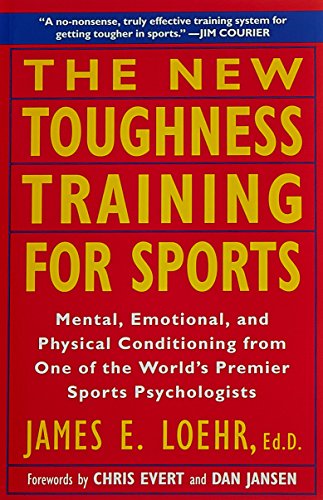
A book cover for The New Toughness Training for Sports: Mental Emotional Physical Conditioning from One of the World's Premier Sports Psychologists; James E. Loehr; Sports & Outdoors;